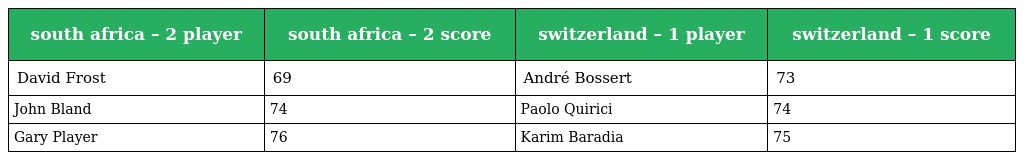
| south africa – 2 player | south africa – 2 score | switzerland – 1 player | switzerland – 1 score |
 | --- | --- | --- | --- |
 | David Frost | 69 | André Bossert | 73 |
 | John Bland | 74 | Paolo Quirici | 74 |
 | Gary Player | 76 | Karim Baradia | 75 |